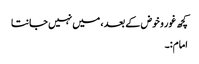
کچھ غور و خوض کے بعد ، میں نہیں جانتا
امام:۔